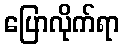
ပြောလိုက်ရာ